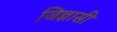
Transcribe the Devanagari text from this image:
जिज्ञासी